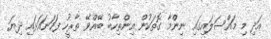
އަދި މި މައްސަލައިގައި ނިންމާ ގޮތަކުން އިންތިހާބު ބޭއްވޭ ތާރީހު ފަހަނައަޅައި ދިޔަ